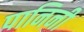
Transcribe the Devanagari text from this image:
पानिनी